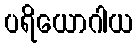
ပရိယောဂါယ